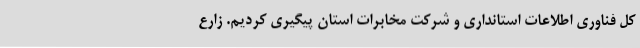
کل فناوری اطلاعات استانداری و شرکت مخابرات استان پیگیری کردیم. زارع